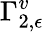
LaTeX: \Gamma_{2,\epsilon}^{v}